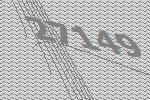
27149